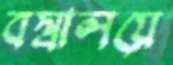
বস্ত্রালয়ে